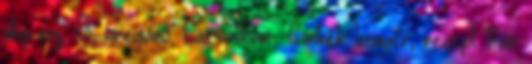
dkg vaj, só, oregánó, bazsalikom Címkék: kenyér, recept Pár